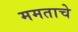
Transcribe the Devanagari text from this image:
ममताचे